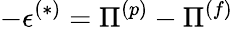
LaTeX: -\epsilon^{(*)}=\Pi^{(p)}-\Pi^{(f)}